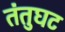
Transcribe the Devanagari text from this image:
तंतुघट